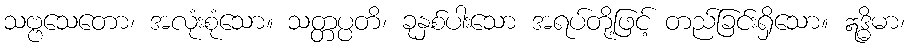
သဗ္ဗသေတော၊ အလုံးစုံသော။ သတ္တပ္ပတိ၊ ခုနှစ်ပါးသော အရပ်တို့ဖြင့် တည်ခြင်းရှိသော။ ဣဒ္ဓိမာ၊